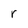
Character: r